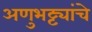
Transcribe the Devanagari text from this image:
अणुभट्ट्यांचे